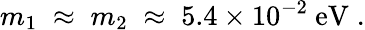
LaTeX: m_{1}\; \approx\; m_{2}\; \approx\; 5.4\times 10^{-2}~\mathrm{eV}\; .